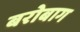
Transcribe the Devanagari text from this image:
बरोबाग